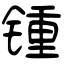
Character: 锺